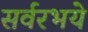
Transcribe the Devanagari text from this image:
सर्वरभये